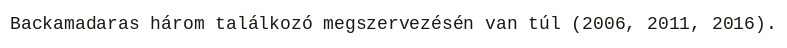
Backamadaras három találkozó megszervezésén van túl (2006, 2011, 2016).